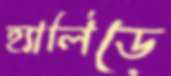
হ্যালিডে